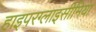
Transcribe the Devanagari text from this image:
हाइपरग्लाइसीमिया